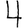
Digit: 4